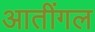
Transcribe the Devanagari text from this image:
आतींगल